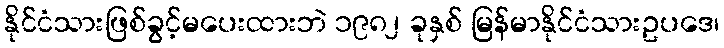
နိုင်ငံသားဖြစ်ခွင့်မပေးထားဘဲ ၁၉၈၂ ခုနှစ် မြန်မာနိုင်ငံသားဥပဒေ၊